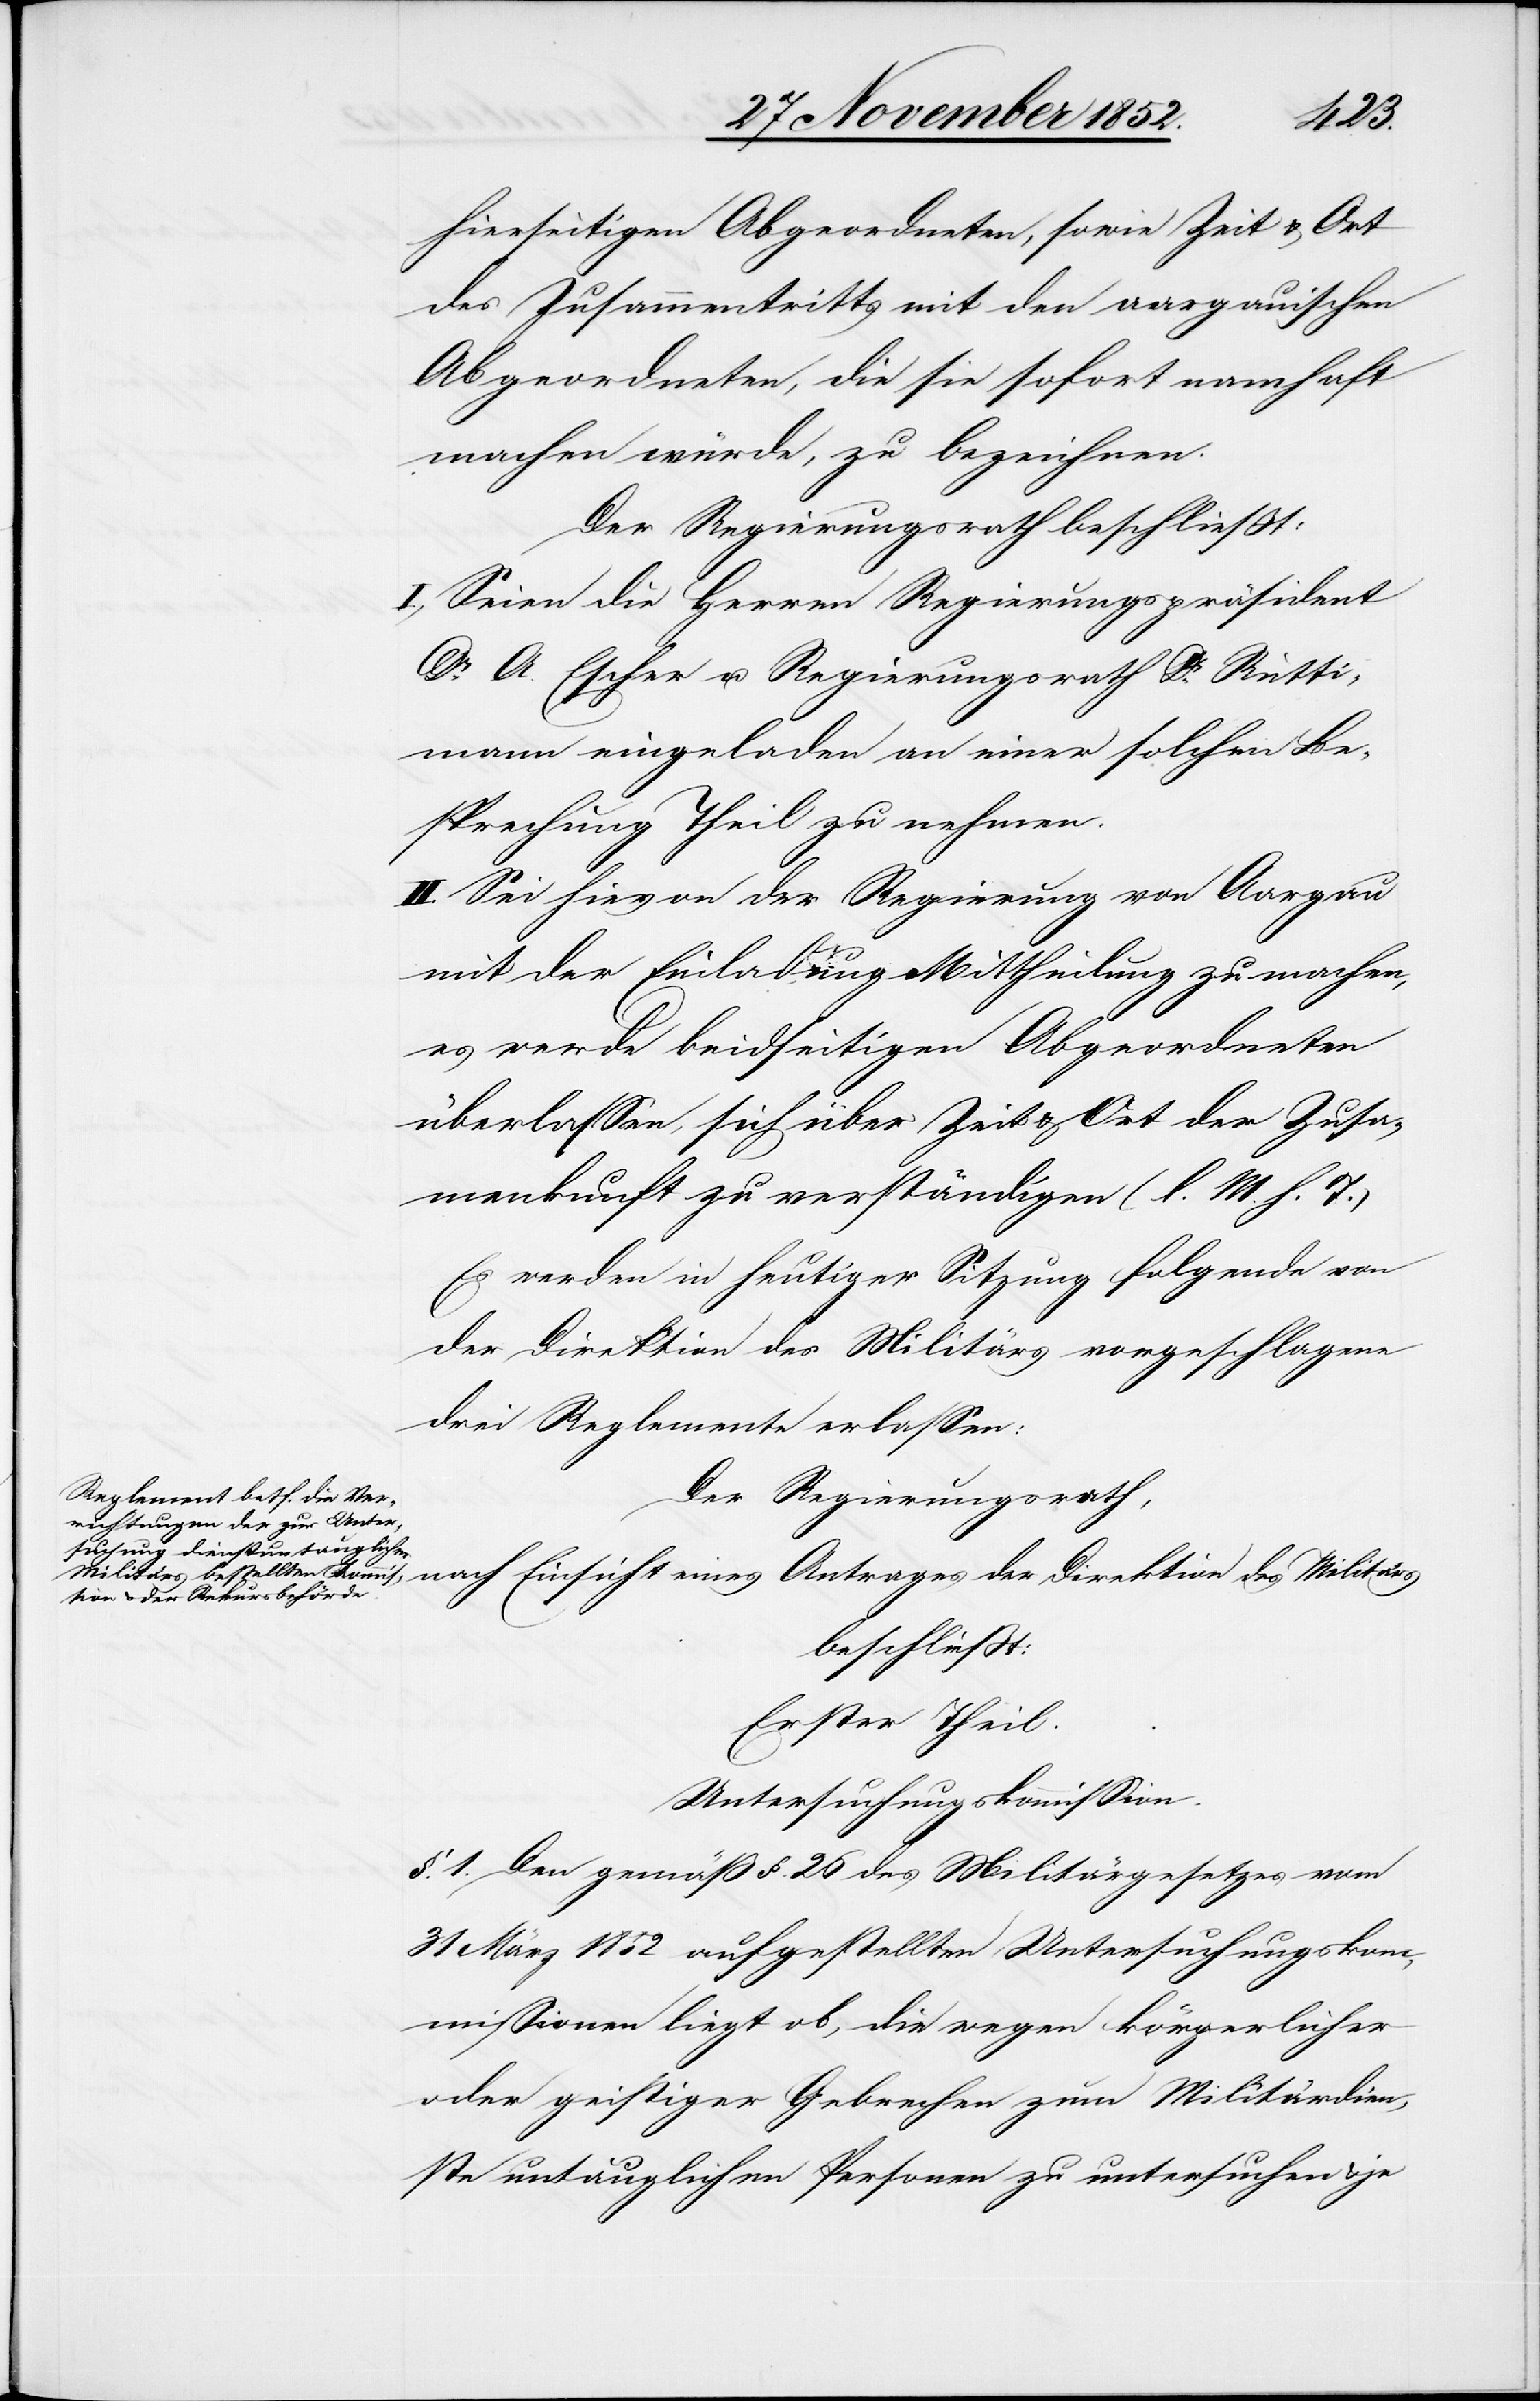
hierseitigen Abgeordneten, sowie Zeit & Ort
des Zusammentritts mit den aargauischen
Abgeordneten, die sie sofort namhaft
machen würde, zu bezeichnen.
Der Regierungsrath beschließt:
I., Seien die Herren Regierungspräsident
Dr. A. Escher u. Regierungsrath Dr. Rütti¬
mann eingeladen an einer solchen Be¬
sprechung Theil zu nehmen.
II. Sei hievon der Regierung von Aargau
mit der Einladung Mittheilung zu machen,
es werde beidseitigen Abgeordneten
überlassen, sich über Zeit & Ort der Zusa¬
m[m]enkunft zu verständigen (l. M. h. T.)
Es werden in heutiger Sitzung folgende von
der Direktion des Militärs vorgeschlagene
drei Reglemente erlassen:
Der Regierungsrath,
eines Antrages der Direktion
beschließt:
Erster Theil.
Untersuchungskommission.
§. 1. Den gemäß §. 26 des Militärgesetzes vom
31 März 1852 aufgestellten Untersuchungskom¬
missionen liegt ob, die wegen körperlicher
oder geistiger Gebrechen zum Militärdien¬
ste untauglichen Personen zu untersuchen & je